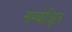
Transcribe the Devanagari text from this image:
सम्बोधि्ात